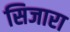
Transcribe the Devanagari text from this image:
सिजारा